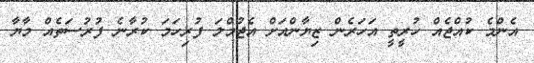
އެންމެ ކުއްޖެއް ހުރީތީ އަހަރެން ޒިޔާންއަށް އެޖުމްލަ ފުރިހަމަ ކުރާނެ ފުރުސަތެއް މާޔާ